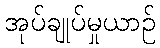
အုပ်ချုပ်မှုယာဉ်